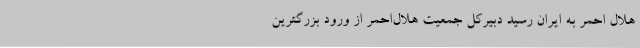
هلال‌ احمر به ایران رسید دبیرکل جمعیت هلال‌احمر از ورود بزرگترین